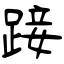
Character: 踥